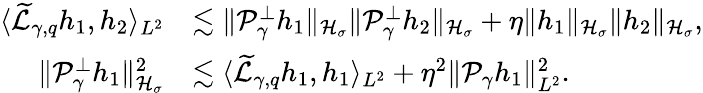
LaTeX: \begin{array}{rl}{\langle\widetilde{\mathcal L}_{\gamma,q}h_{1},h_{2}\rangle_{L^{2}}}&{\lesssim\| \mathcal P_{\gamma}^{\perp}h_{1}\| _{\mathcal H_{\sigma}}\| \mathcal P_{\gamma}^{\perp}h_{2}\| _{\mathcal H_{\sigma}}+\eta\| h_{1}\| _{\mathcal H_{\sigma}}\| h_{2}\| _{\mathcal H_{\sigma}},}\\ {\| \mathcal P_{\gamma}^{\perp}h_{1}\| _{\mathcal H_{\sigma}}^{2}}&{\lesssim\langle\widetilde{\mathcal L}_{\gamma,q}h_{1},h_{1}\rangle_{L^{2}}+\eta^{2}\| \mathcal P_{\gamma}h_{1}\| _{L^{2}}^{2}.}\end{array}